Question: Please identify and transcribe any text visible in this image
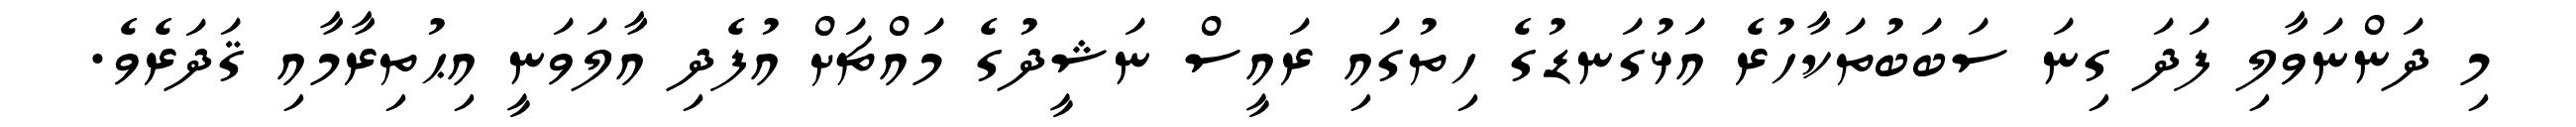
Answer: މި ދަންނަވާލި ފަދަ ގިނަ ސަބަބުތަކާހުރެ އަޅުގަނޑުގެ ހިތުގައި ރައީސް ނަޝީދުގެ މައްޗަށް އުފެދި އާލަވަނީ އިޙުތިރާމާއި ޤަދަރެވެ.